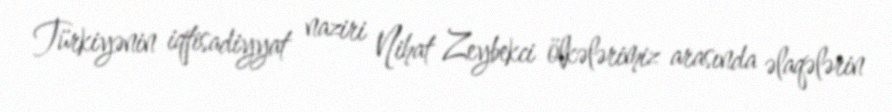
Türkiyənin iqtisadiyyat naziri Nihat Zeybekci ölkələrimiz arasında əlaqələrin